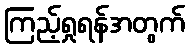
ကြည့်ရှုရန်အတွက်